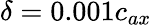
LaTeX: \delta=0.001c_{ax}